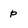
Character: p